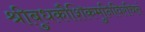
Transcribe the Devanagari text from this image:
श्रीबुधकौशिकमुनिविरचितं